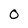
Character: O